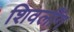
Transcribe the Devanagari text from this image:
शिवलींग